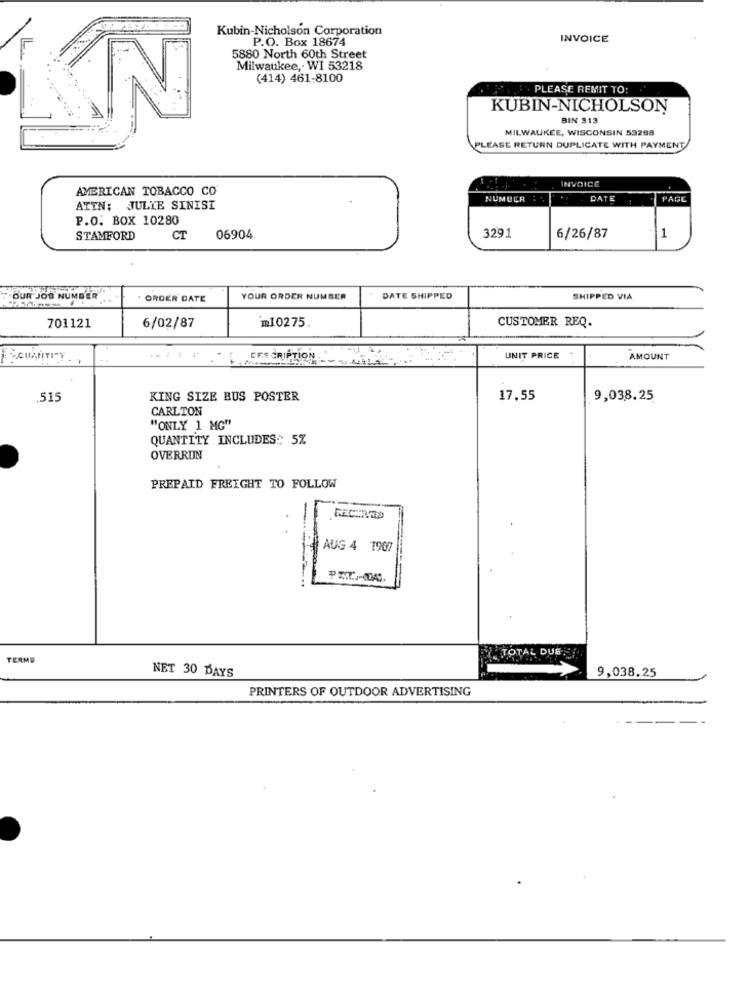
Kubin-Nicholson Corporation
P.O. Box 18674
INVOICE
5880 North 60th Street
Milwaukee ,. WI 53218
(414) 461-8100
PLEASE REMIT TO:
KUBIN-NICHOLSON
BIN 913
MILWAUKEE, WISCONSIN 53288
PLEASE RETURN DUPLICATE WITH PAYMENT
INVOICE
AMERICAN TOBACCO CO
NUMUER
DATE
PAGL
ATTN: JULIE SINISI
P.O. BOX 10280
STAMFORD
CT
06904
3291
6/26/87
-11
"OUR JOS NUMBER
ORDER CATE
YOUR ORDER NUMBER
DATE SHIPPED
SHIPPED VIA
m10275.
CUSTOMER REQ.
701121
6/02/87
QUANTITY . .
CESCRIPTION
UNIT PRICE
AMOUNT
.515
KING SIZE BUS POSTER
17.55
9,038.25
CARLTON
"ONLY 1 MG"
QUANTITY INCLUDES: 5%
OVERRUN
PREPAID FREIGHT TO FOLLOW
AUG 4 1907
TERME
TOTAL DUE
NET 30 DAYS
9,038.25
PRINTERS OF OUTDOOR ADVERTISING